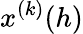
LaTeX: x^{(k)}(h)